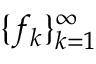
\{ f _ { k } \} _ { k = 1 } ^ { \infty }